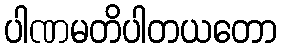
ပါဏမတိပါတယတော